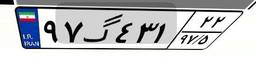
۹۷گ۴۳۱۲۲